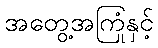
အတွေ့အကြုံနှင့်